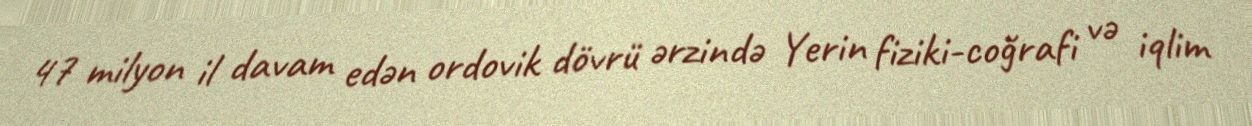
47 milyon il davam edən ordovik dövrü ərzində Yerin fiziki-coğrafi və iqlim